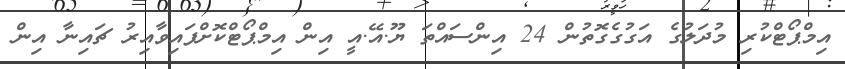
އިމްޕޯޓްކުރި މުދަލުގެ އަގުގެގޮތުން 24 އިންސައްތަ ޔޫ.އޭ.އީ އިން އިމްޕޯޓްކޮށްފައިވާއިރު ޗައިނާ އިން